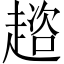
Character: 趦